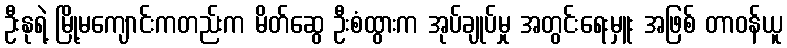
ဦးနုရဲ့ မြို့မကျောင်းကတည်းက မိတ်ဆွေ ဦးစံထွားက အုပ်ချုပ်မှု အတွင်းရေးမှူး အဖြစ် တာဝန်ယူ